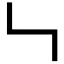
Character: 𠃑